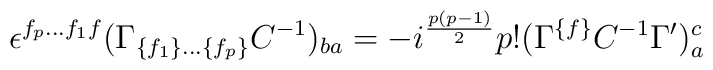
\epsilon ^{f_{p} \ldots f_{ 1} f}(\Gamma _{\{f_{1}\} \ldots \{f_{ p} \}} C^{-{ 1}})_{{ ba}} =- i^{{{p(p-1) \over 2}}} p!  (\Gamma^{\{ f \}} C^{-{ 1}}\Gamma^\prime)^{c}_{a}